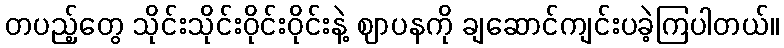
တပည့်တွေ သိုင်းသိုင်းဝိုင်းဝိုင်းနဲ့ ဈာပနကို ချဆောင်ကျင်းပခဲ့ကြပါတယ်။